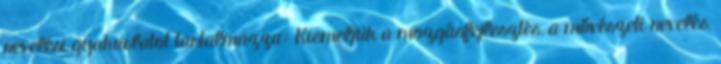
nevelési gyakorlatot tartalmazza: Kiemeljük a mozgásfejlesztés, a mővészeti nevelés,